Vaccination in Burma 1920-1933 - 1920-1933
Year: 1920
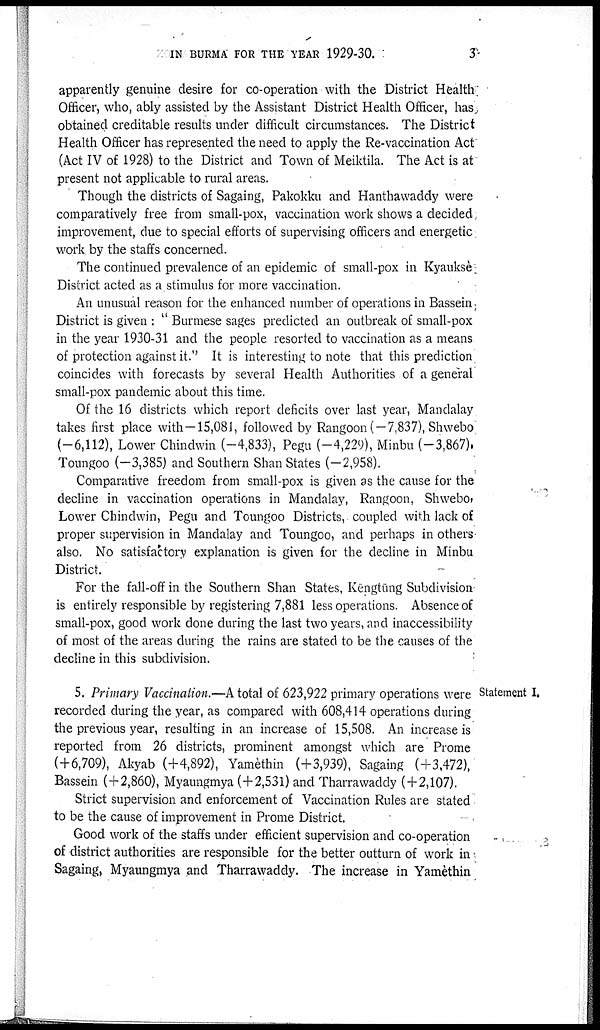
IN BURMA FOR THE YEAR 1929-30.
3
apparently genuine desire for co-operation with the District Health
Officer, who, ably assisted by the Assistant District Health Officer, has
obtained creditable results under difficult circumstances. The District
Health Officer has represented the need to apply the Re-vaccination Act
(Act IV of 1928) to the District and Town of Meiktila. The Act is at
present not applicable to rural areas.
Though the districts of Sagaing, Pakokku and Hanthawaddy were
comparatively free from small-pox, vaccination work shows a decided
improvement, due to special efforts of supervising officers and energetic
work by the staffs concerned.
The continued prevalence of an epidemic of small-pox in Kyauksè
District acted as a stimulus for more vaccination.
An unusual reason for the enhanced number of operations in Bassein
District is given : " Burmese sages predicted an outbreak of small-pox
in the year 1930-31 and the people resorted to vaccination as a means
of protection against it.'' It is interesting to note that this prediction
coincides with forecasts by several Health Authorities of a general
small-pox pandemic about this time.
Of the 16 districts which report deficits over last year, Mandalay
takes first place with—15,081, followed by Rangoon (—7,837), Shwebo
(—6,112), Lower Chindwin (—4,833), Pegu (—4,229), Minbu (—3,867),
Toungoo (—3,385) and Southern Shan States (—2,958).
Comparative freedom from small-pox is given as the cause for the
decline in vaccination operations in Mandalay, Rangoon, Shwebo,
Lower Chindwin, Pegu and Toungoo Districts, coupled with lack of
proper supervision in Mandalay and Toungoo, and perhaps in others
also. No satisfactory explanation is given for the decline in Minbu
District.
For the fall-off in the Southern Shan States, Kēngtūng Subdivision
is entirely responsible by registering 7,881 less operations. Absence of
small-pox, good work done during the last two years, and inaccessibility
of most of the areas during the rains are stated to be the causes of the
decline in this subdivision.
Statement I.
5. Primary Vaccination.—A total of 623,922 primary operations were
recorded during the year, as compared with 608,414 operations during
the previous year, resulting in an increase of 15,508. An increase is
reported from 26 districts, prominent amongst which are Prome
(+6,709), Akyab (+4,892), Yamèthin (+3,939), Sagaing (+3,472),
Bassein (+2,860), Myaungmya (+2,531) and Tharrawaddy (+2,107).
Strict supervision and enforcement of Vaccination Rules are stated
to be the cause of improvement in Prome District.
Good work of the staffs under efficient supervision and co-operation
of district authorities are responsible for the better outturn of work in
Sagaing, Myaungmya and Tharrawaddy. The increase in Yamèthin